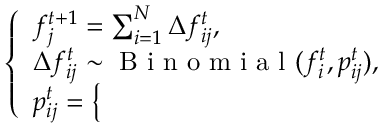
\left\{ \begin{array} { l l } { f _ { j } ^ { t + 1 } = \sum _ { i = 1 } ^ { N } \Delta f _ { i j } ^ { t } , } \\ { \Delta f _ { i j } ^ { t } \sim \mathrm { ~ B ~ i ~ n ~ o ~ m ~ i ~ a ~ l ~ } ( f _ { i } ^ { t } , { p } _ { i j } ^ { t } ) , } \\ { p _ { i j } ^ { t } = \left\{ \begin{array} { l l } { \begin{array} { r l r } \end{array} } \end{array} \right. } \end{array} \right.